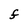
Character: F